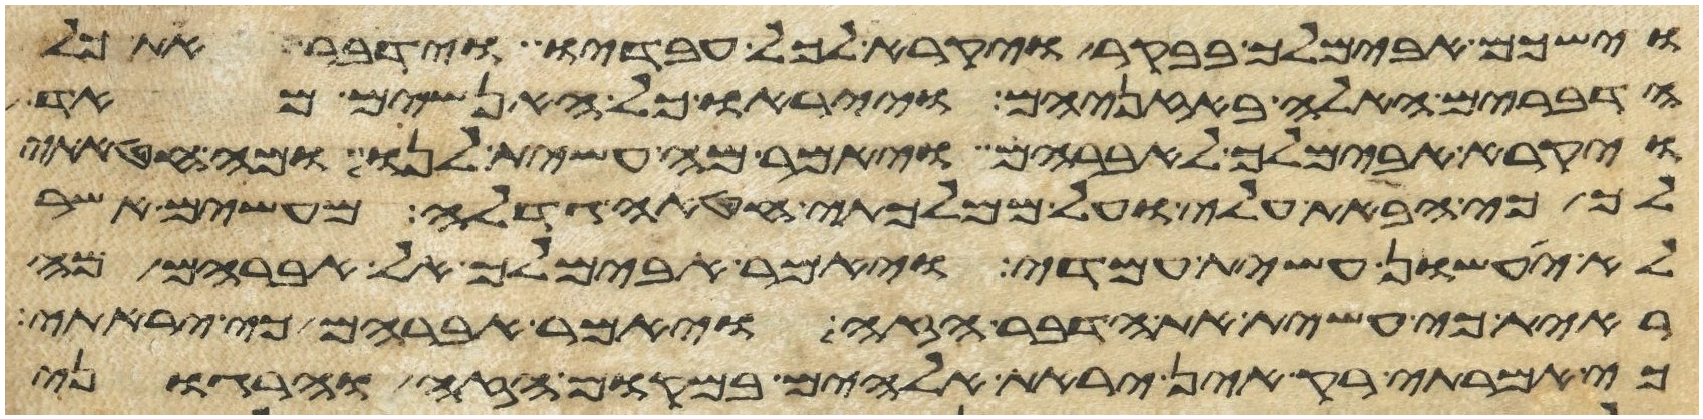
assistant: וישכם אבימלך בבקר ויקרא לכל עבדיו וידבר את כל
הדברים האלה באזניהם וייראו כל האנשים מאד
ויקרא אבימלך לאברהם ויאמר לו מה עשית לנו ומה חטאתי
לך כי הבאת עלי ועל ממלכתי חטאה גדלה מעשים אשר
לא יעשון עשית עמדי ויאמר אבימלך אל אברהם מה
ראית כי עשית את הדבר הזה ויאמר אברהם כי יראתי
כי אמרתי רק אין יראת אלהים במקום הזה והרגוני